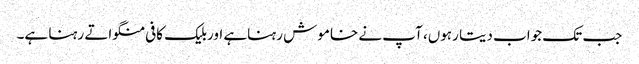
جب تک جواب دیتا رہوں، آپ نے خاموش رہناہے اوربلیک کافی منگواتے رہنا ہے۔